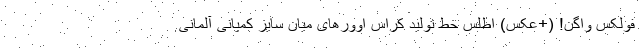
فولکس واگن! (+عکس) اطلس خط تولید کراس اوورهای میان سایز کمپانی آلمانی